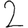
Digit: 2